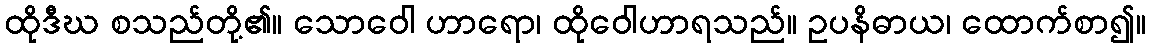
ထိုဒီဃ စသည်တို့၏။ သောဝေါ ဟာရော၊ ထိုဝေါဟာရသည်။ ဥပနိဓာယ၊ ထောက်စာ၍။